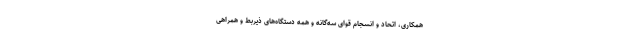
همکاری، اتحاد و انسجام قوای سه‌گانه و همه دستگاه‌های ذیربط و همراهی